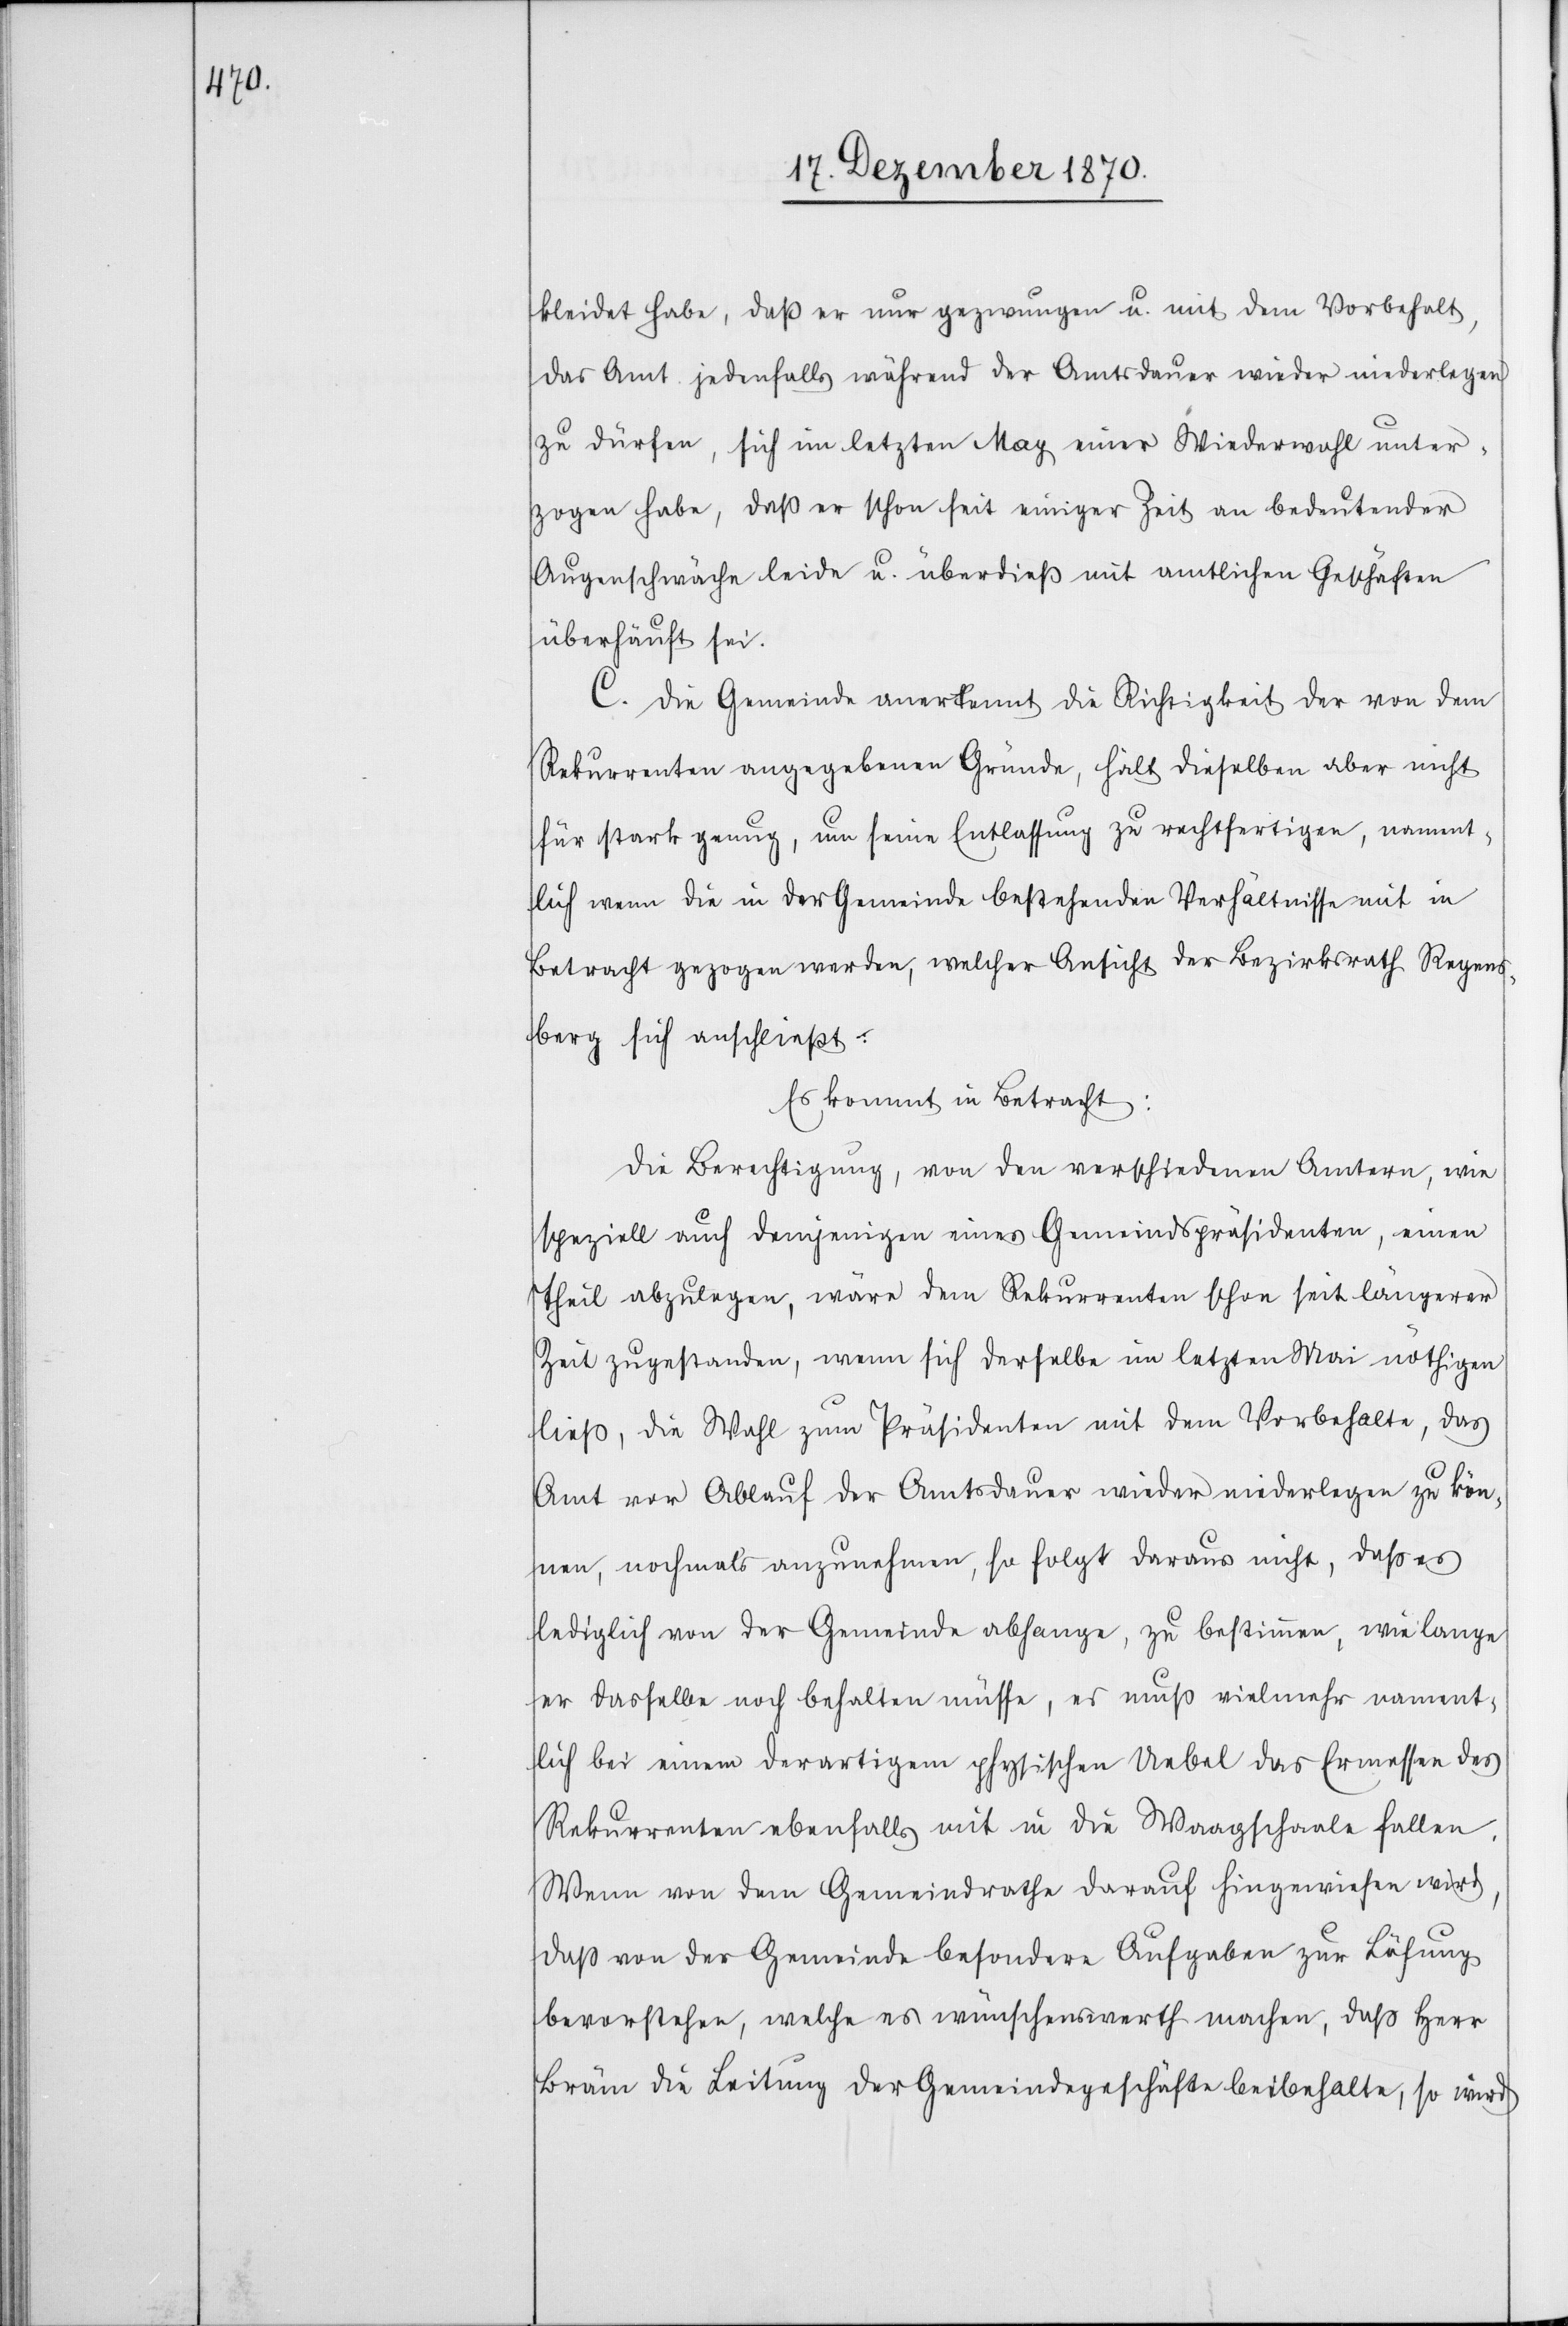
kleidet habe, daß er nur gezwungen u. mit dem Vorbehalt
das Amt jedenfalls während der Amtsdauer wieder niederlegen
zu dürfen, sich im letzten May einer Wiederwahl unter¬
zogen habe, daß er schon seit einiger Zeit an bedeutender
Augenschwäche leide u. überdieß mit amtlichen Geschäften
überhäuft sei.
C. Die Gemeinde anerkennt die Richtigkeit der von dem
Rekurrenten angegebenen Gründe, hält dieselben aber nicht
für stark genug, um seine Entlassung zu rechtfertigen, nament¬
lich wenn die in der Gemeinde bestehenden Verhältnisse mit in
Betracht gezogen werden, welcher Ansicht der Bezirksrath Regens¬
berg sich anschließt.
Es kommt in Betracht:
Die Berechtigung, von den verschiedenen Ämtern, wie
speziell auch demjenigen eines Gemeindspräsidenten, einen
Theil abzulegen, wäre dem Rekurrenten schon seit längerer
Zeit zugestanden, wenn sich derselbe im letzten Mai nöthigen
ließ, die Wahl zum Präsidenten mit dem Vorbehalte, das
Amt vor Ablauf der Amtsdauer wieder niederlegen zu kön¬
nen, nochmals anzunehmen, so folgt daraus nicht, daß es
lediglich von der Gemeinde abhange, zu bestimmen, wie lange
er dasselbe noch behalten müsse, es muß vielmehr nament¬
lich bei einem derartigen physischen Uebel das Ermessen des
Rekurrenten ebenfalls mit in die Waagschaale fallen.
Wenn von dem Gemeindrathe darauf hingewiesen wird,
daß von der Gemeinde besondere Aufgaben zur Lösung
bevorstehen, welche es wünschenswerth machen, daß Herr
Bräm die Leitung der Gemeindegeschäfte beibehalte, so wird